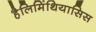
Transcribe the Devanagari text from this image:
हैलिमिंथियासिस